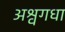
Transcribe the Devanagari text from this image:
अश्वगधा